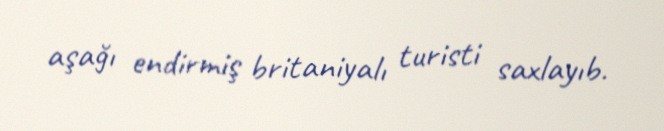
aşağı endirmiş britaniyalı turisti saxlayıb.